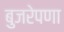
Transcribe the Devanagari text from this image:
बुजरेपणा